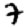
Digit: 7